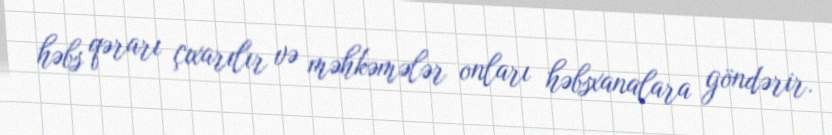
həbs qərarı çıxarılır və məhkəmələr onları həbsxanalara göndərir.